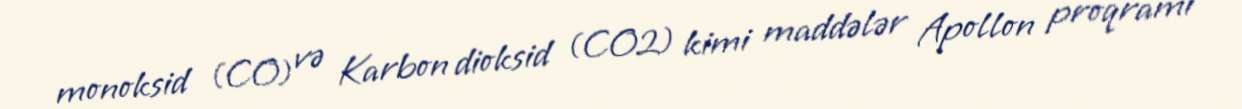
monoksid (CO) və Karbon dioksid (CO2) kimi maddələr Apollon proqramı